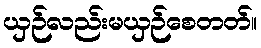
ယှဉ်လည်းမယှဉ်စေတတ်။